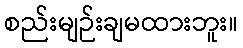
စည်းမျဉ်းချမထားဘူး။